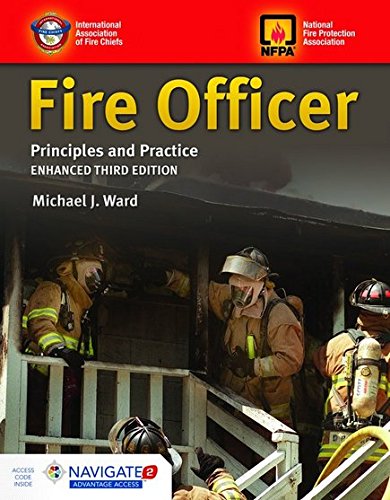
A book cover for Fire Officer: Principles And Practice; IAFC; Engineering & Transportation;